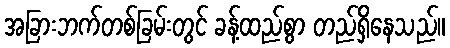
အခြားဘက်တစ်ခြမ်းတွင် ခန့်ထည်စွာ တည်ရှိနေသည်။